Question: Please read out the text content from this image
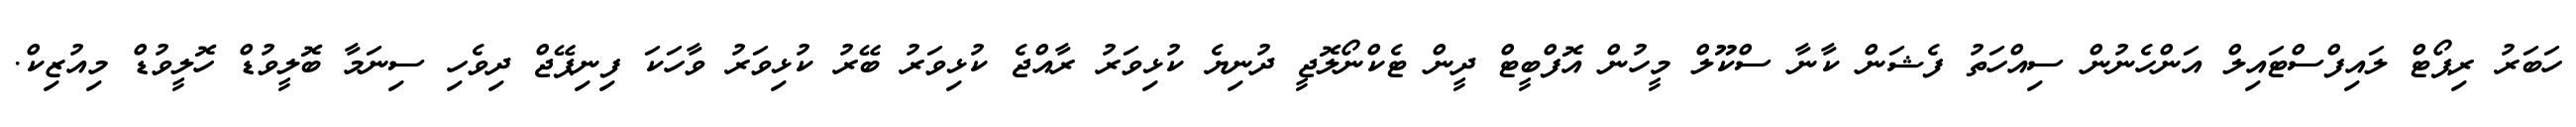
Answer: ހަބަރު ރިޕޯޓް ލައިފްސްޓައިލް އަންހެނުން ސިއްހަތު ފެޝަން ކާނާ ސްކޫލް މީހުން އޮފްބީޓް ދީން ޓެކްނޯލޮޖީ ދުނިޔެ ކުޅިވަރު ރާއްޖެ ކުޅިވަރު ބޭރު ކުޅިވަރު ވާހަކަ ފިނިޕޭޖް ދިވެހި ސިނަމާ ބޮލީވުޑް ހޮލީވުޑް މިއުޒިކް.